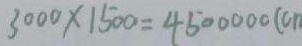
3 0 0 0 \times 1 5 0 0 = 4 5 0 0 0 0 0 ( c m